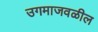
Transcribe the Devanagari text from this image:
उगमाजवळील